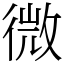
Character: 微